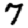
Digit: 7